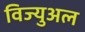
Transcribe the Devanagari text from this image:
विज्युअल